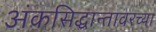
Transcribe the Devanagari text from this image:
अंकसिद्धान्तावरच्या